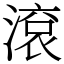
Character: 滾